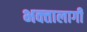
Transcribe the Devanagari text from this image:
भक्‍तालागी